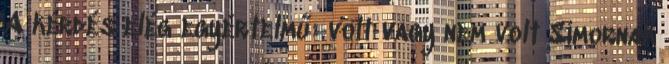
A kérdés elég egyértelmű: volt vagy nem volt Simornak